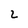
Character: 2